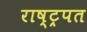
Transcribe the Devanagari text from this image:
राष्ट्रपत